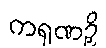
ကရုဏဉှိ